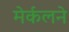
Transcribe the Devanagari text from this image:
मेर्कलने